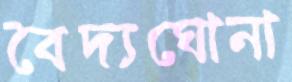
বৈদ্যঘোনা